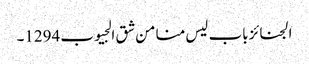
الجنائز باب لیس منا من شق الجیوب 1294۔